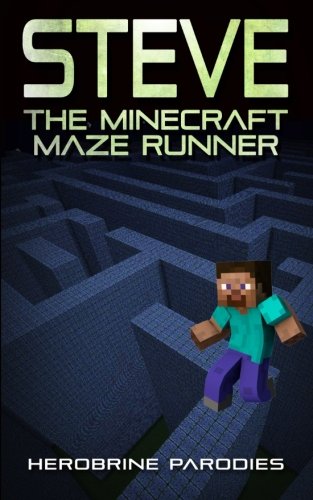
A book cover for Steve, The Minecraft Maze Runner; Herobrine Parodies; Children's Books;